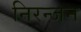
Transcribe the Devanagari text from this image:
निरन्जन